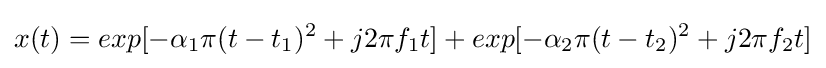
x(t)=exp[-\alpha _{1}\pi (t-t_{1})^{2}+j2\pi f_{1}t]+exp[-\alpha _{2}\pi (t-t_{2})^{2}+j2\pi f_{2}t]